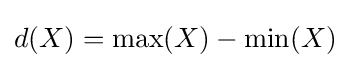
d(X)=\max(X)-\min(X)